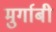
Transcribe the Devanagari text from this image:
मुर्गाबी